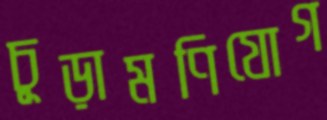
চূড়ামণিযোগ